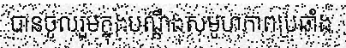
បានចូលរួមក្នុងបណ្តឹងសមូហភាពប្រឆាំង